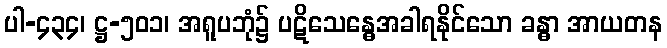
ပါ-၄၃၄၊ ဋ္ဌ-၅၀၁၊ အရူပဘုံ၌ ပဋိသေန္ဓေအခါရနိုင်သော ခန္ဓာ အာယတန